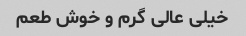
خیلی عالی گرم و خوش طعم